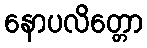
နောပလိတ္တော